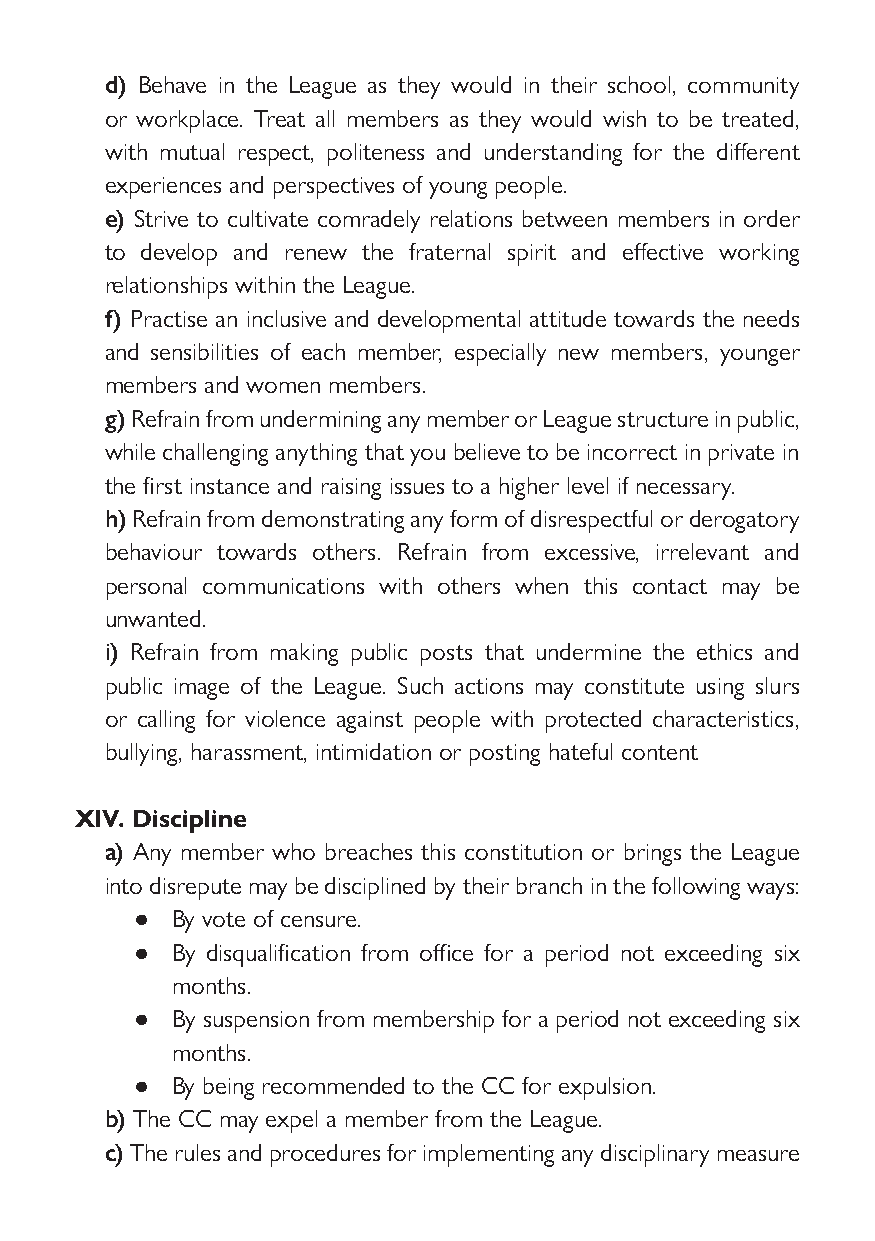
d) Behave in the League as they would in their school, community
 or workplace. Treat all members as they would wish to be treated,
 with mutual respect, politeness and understanding for the different
 experiences and perspectives of young people.
 e) Strive to cultivate comradely relations between members in order
 to develop and renew the fraternal spirit and effective working
 relationships within the League.
 f) Practise an inclusive and developmental attitude towards the needs
 and sensibilities of each member, especially new members, younger
 members and women members.
 g) Refrain from undermining any member or League structure in public,
 while challenging anything that you believe to be incorrect in private in
 the first instance and raising issues to a higher level if necessary.
 h) Refrain from demonstrating any form of disrespectful or derogatory
 behaviour towards others. Refrain from excessive, irrelevant and
 personal communications with others when this contact may be
 unwanted.
 i) Refrain from making public posts that undermine the ethics and
 public image of the League. Such actions may constitute using slurs
 or calling for violence against people with protected characteristics,
 bullying, harassment, intimidation or posting hateful content
 XIV. Discipline
 a) Any member who breaches this constitution or brings the League
 into disrepute may be disciplined by their branch in the following ways:
 ● By vote of censure.
 ● By disqualification from office for a period not exceeding six
 months.
 ● By suspension from membership for a period not exceeding six
 months.
 ● By being recommended to the CC for expulsion.
 b) The CC may expel a member from the League.
 c) The rules and procedures for implementing any disciplinary measure